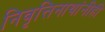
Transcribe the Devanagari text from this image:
निवृत्तिनाथांनीही